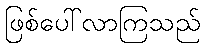
ဖြစ်ပေါ်လာကြသည်